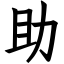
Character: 助